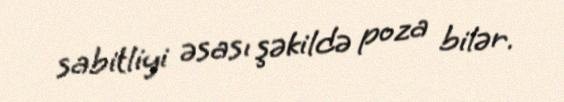
sabitliyi əsası şəkildə poza bilər.